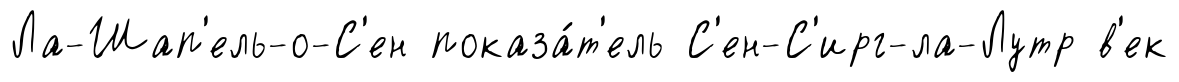
Ла-Шап'ель-о-С'ен показа́т'ель С'ен-С'ирг-ла-Лутр в'ек